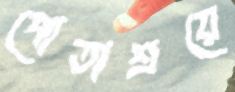
পোতাশ্রয়ে